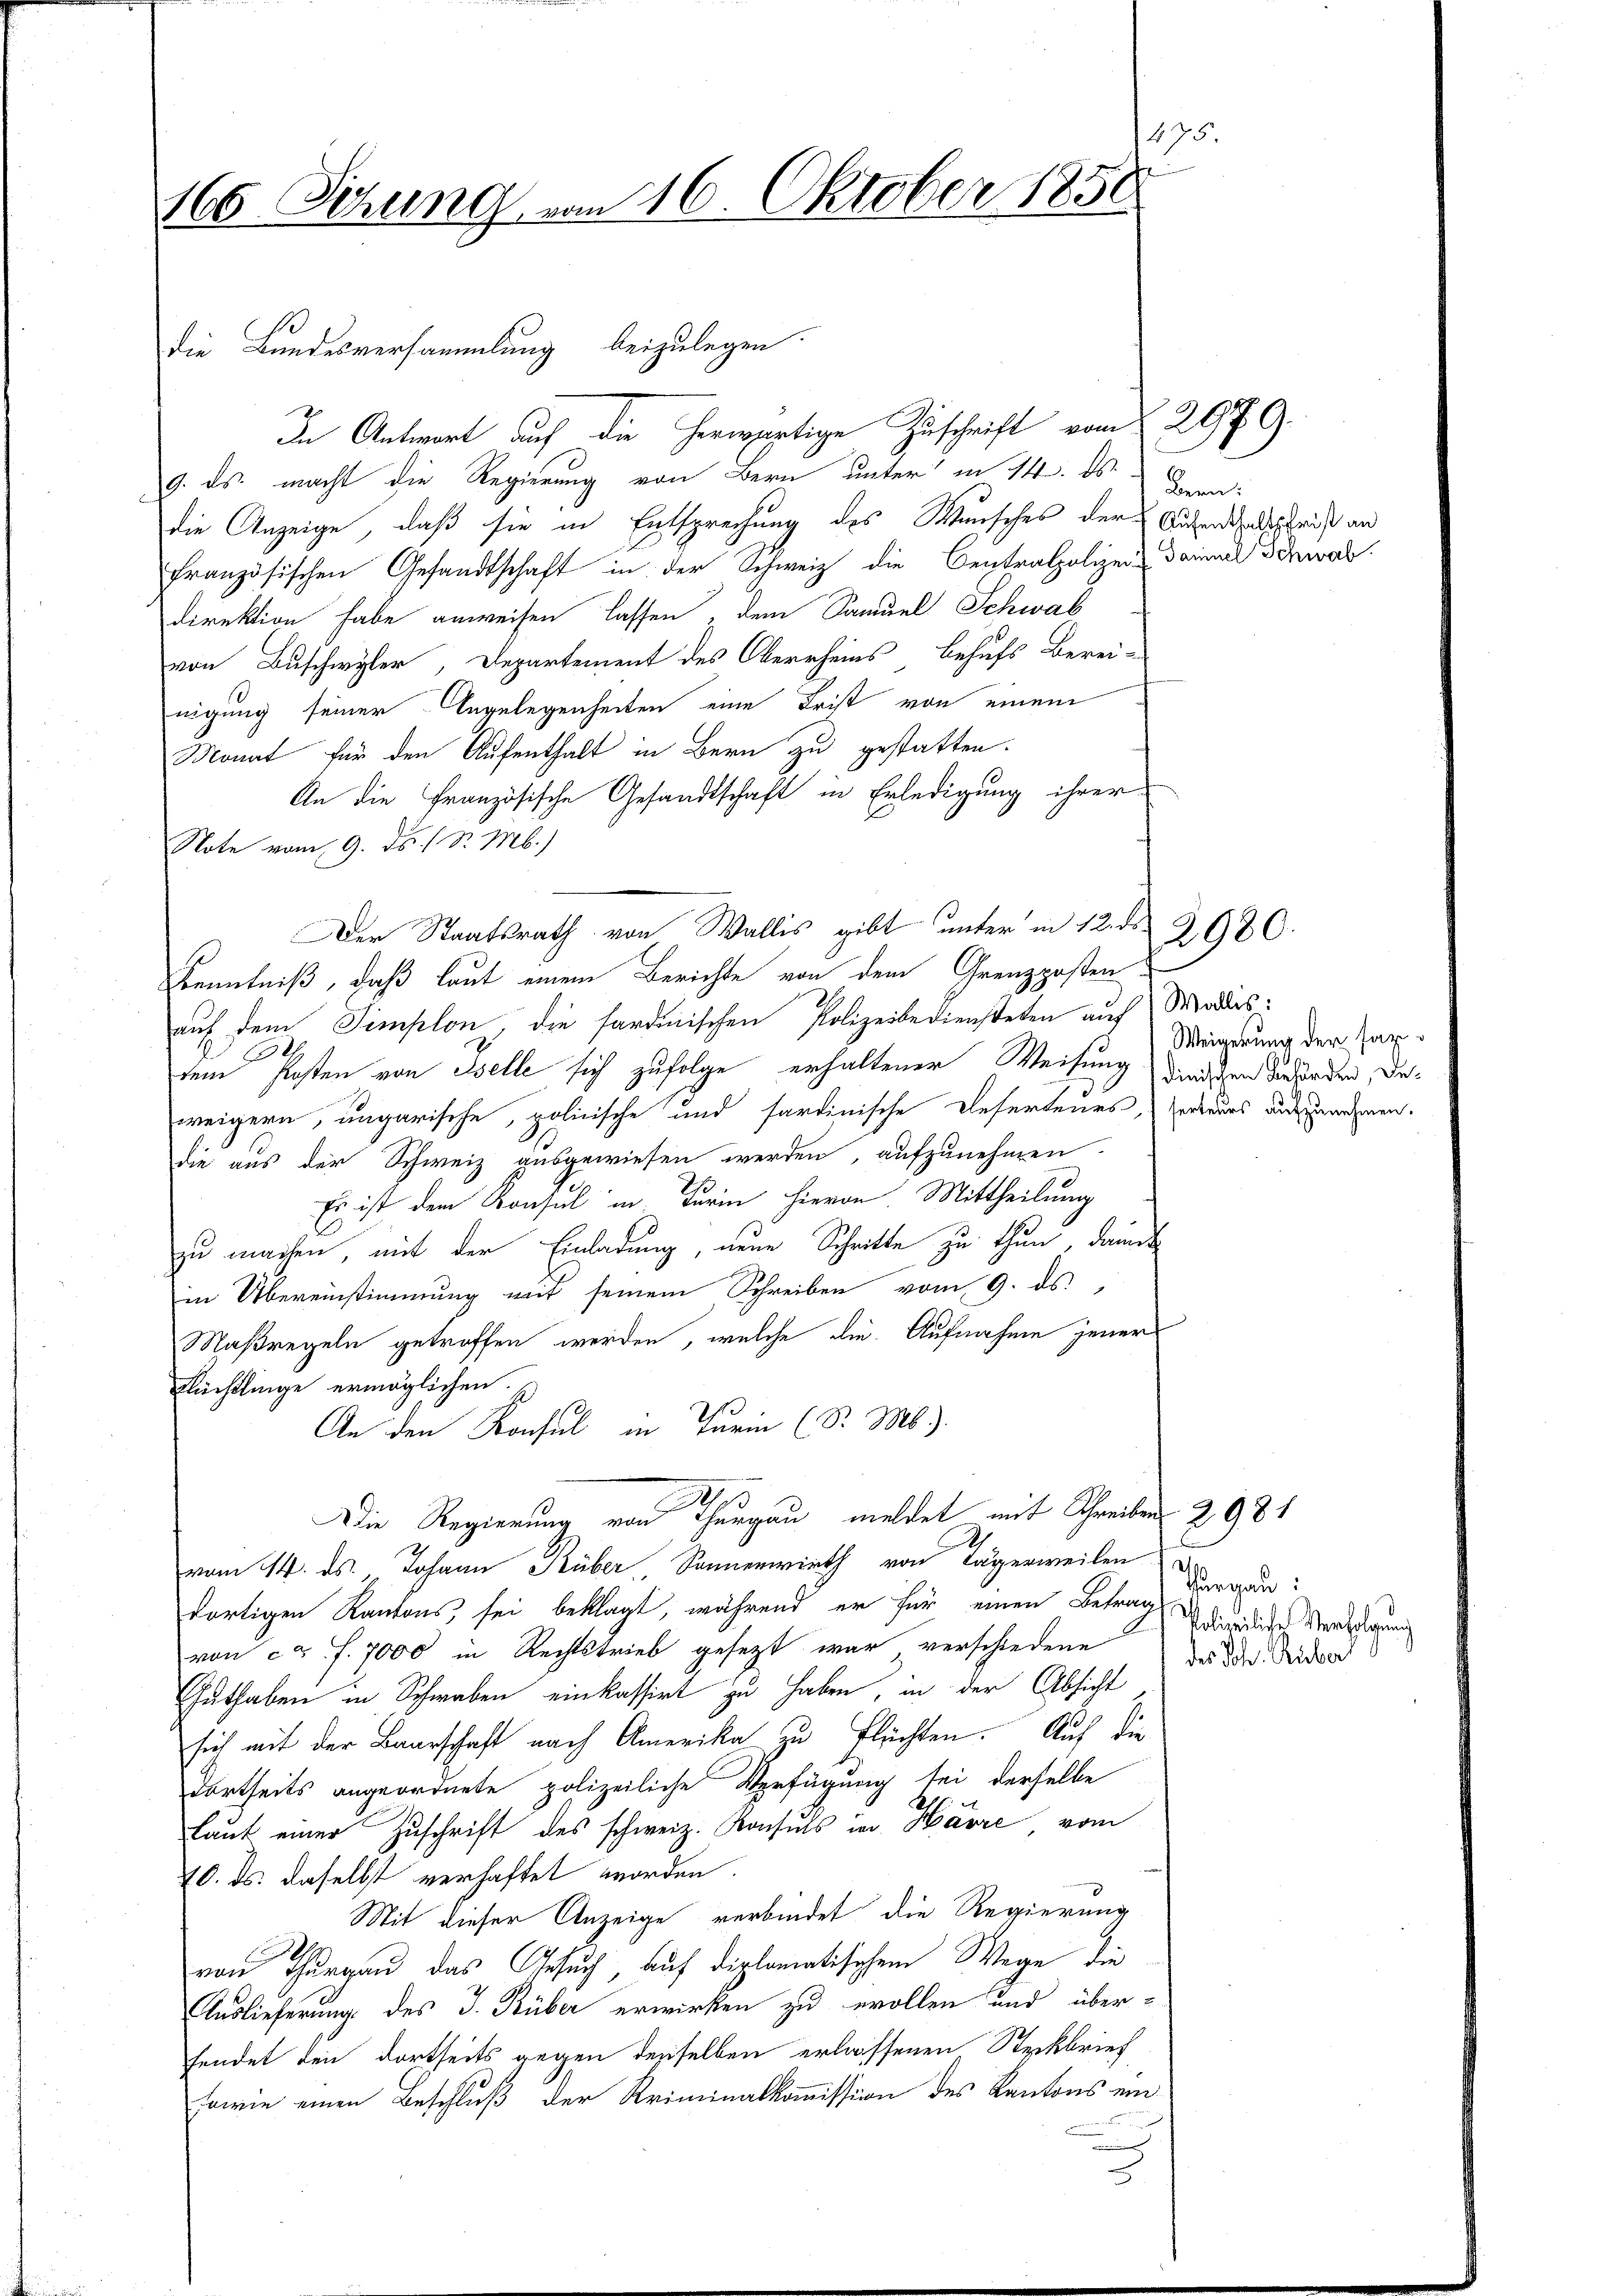
475
166. Sitzung vom 16. Oktober 1858

die Bundesversammlung beizulegen.
In Antwort auf die herwärtige Zuschrift vom 2979.
9. ds. macht die Regierung von Bern unter in 14. ds. Herrn
die Anzeige, daß sie in Entsprechung des Wunsches der Aufenthaltschrift an
französischen Gesandtschaft in der Schweiz die Centralpolizei- Daniel Schwal
direktion habe anweisen lassen, dem Sanuel Schwab
von Buschwyler, Departement des Oberrheins behufs Berei-
nigung seiner Angelegenheiten eine Frist von einem
Monat für den Aufenthalt in Bern zu gestatten.
An die Französische Gesandtschaft in Erledigung ihrer
Note vom 9. ds. 1 S. M.)
Kenntniß, daß laut einem Berichte von dem Grenzposten-
auf dem Semplon, die sardinischen Polizeibediensteten auf Madrs:
2
dem Kosten von Iselle sich zufolge erhaltener Weisung dirischen Verforden, daweigern, ungarische, polinische und sardinische Deserteurs, Herreurs aufzunehmen.
die aus der Schweiz ausgewiesen werden, aufzunehmen.
Es ist dem Konsul in Turin hievon. Mittheilung
zu machen, mit der Einladung, neue Schritte zu thun, damit
in Übereinstimmung mit seinem Schreiben vom 9. ds.,
Maßregeln getroffen werden, welche die Aufnahme jener
Flüchtlinge ermöglichen. E
An den Konsul in Turin (S. M.)
Die Regierung von Thurgau meldet mit Schreiber 2981
.
vom 14. ds., Johann Küber Sonnenwirth von Tägerweilen
dortigen Kantons, sei beklagt, während er für einen Betrag dargau:
von ca. f. 7000 in Rechtstrieb gesezt war verschiedene
Guthaben in Schwaben einkassirt zu haben, in der Absicht
sich mit der Baarschaft nach Amerika zu flüchten. Auf die
dortseits angeordnete polizeiliche Verfügung sei derselbe
laut einer Zuschrift des schweiz. Konsuls in Havre vom
70. ds. daselbst verhaftet worden.
Mit dieser Anzeige verbindet die Regierung
von Thurgau das Gesuch, auf diplomatischem Wege die
Auslieferung des J. Büber erwirken zu erollen und über-
fendet den dortseits gegen denselben erlassenen Steckbrief
sowie einen Beschluß der Kriminalkommission des Kantons ein¬

Der Staatsrath von Wallis gibt unter in 12. ds.

2980.

Weigerung der sag

Polizeiliche Verfolgung
des Joh. Küber